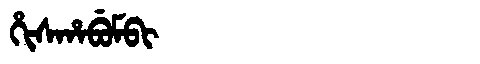
Manchu: ᡥᡳᠰᡥᠠᠪᡠᠮᠪᡳ
Romanization: HISHABUMBI